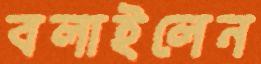
বলাইলেন